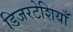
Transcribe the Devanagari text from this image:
डिजरटेशियाँ